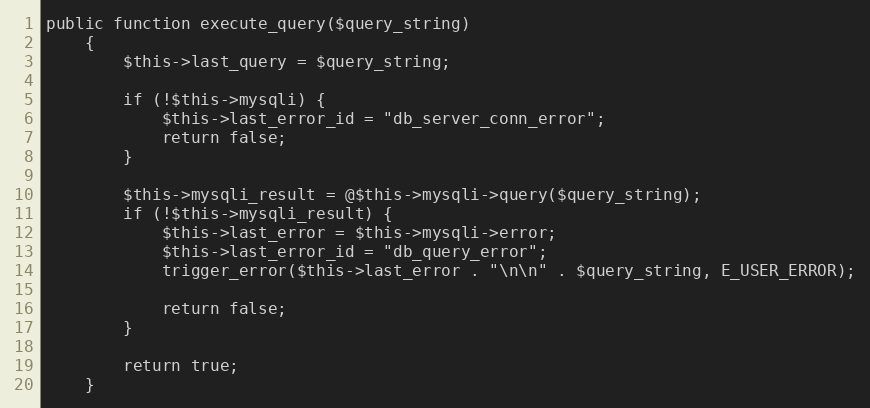
Language: PHP
public function execute_query($query_string)
    {
        $this->last_query = $query_string;

        if (!$this->mysqli) {
            $this->last_error_id = "db_server_conn_error";
            return false;
        }

        $this->mysqli_result = @$this->mysqli->query($query_string);
        if (!$this->mysqli_result) {
            $this->last_error = $this->mysqli->error;
            $this->last_error_id = "db_query_error";
            trigger_error($this->last_error . "\n\n" . $query_string, E_USER_ERROR);

            return false;
        }

        return true;
    }